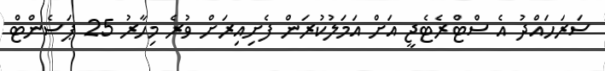
ސަރަހައްދު އެ ސްޓްރެޓެޖީ އަށް އަމަލުކުރަން ފެށިއިރަށް ވުރެ މިހާރު 25 ޕަސެންޓް